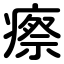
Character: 瘵